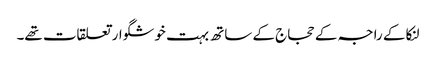
لنکا کے راجہ کے حجاج کے ساتھ بہت خوشگوار تعلقات تھے۔